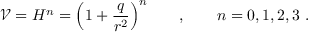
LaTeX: \mathcal { V } = H ^ { n } = \Big ( 1 + { \frac { q } { r ^ { 2 } } } \Big ) ^ { n } \qquad , \qquad n = 0 , 1 , 2 , 3 \ .